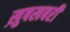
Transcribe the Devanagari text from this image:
ख़ुषखबरी